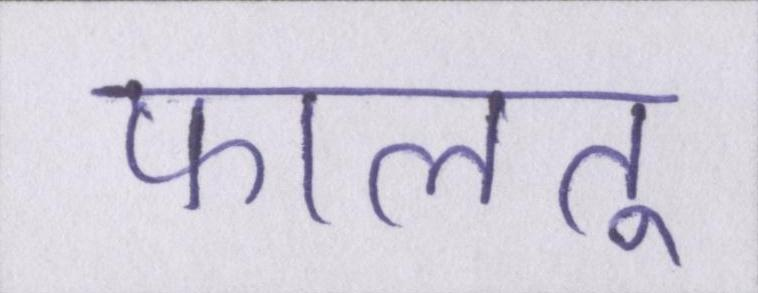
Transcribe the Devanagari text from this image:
फालतू